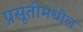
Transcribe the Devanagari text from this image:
प्रसूतीमधील